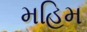
મહિમ